Plague in India, 1896, 1897 - Volume 2
Year: 1896
Disease focus: Plague
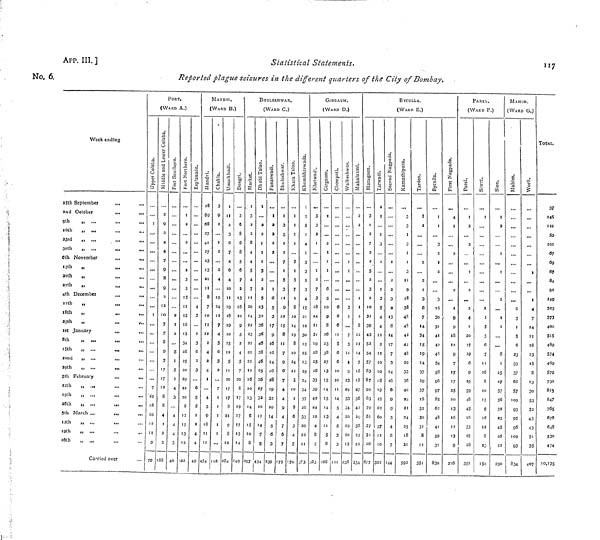
App. III.]
No. 6.
Statistical Statements.
117
Reported plague seizures in the different quarters of the City of Bombay.
Week ending
25th September
.„
,.,
2nd October
...
...
9th
„ ...
16th
„ ...
.„
...
23rd
„ ...
...
30th
„ ...
,.,
6th November
,,,
, n
13th
„
20th
„
...
...
27th
„
4th December
,,,
,,,
11th
"
18th
„
„.
...
25th
„
,„
,,„
1st January
,„
ii(
8th
„
15th
„ ...
,„
22nd
"
...
29th
„ ...
...
.,,
5th February
,.,
...
12th
„
19th
„ „,
20th
„ ...
5th March ...
...
12th
„ ...
19th
„ ...
20th
„ ...
Carried over
FORT,
(WARD A.)
...
1
...
...
...
...
...
...
1
...
..,
7
10
18
10
12
11
9
79
2
9
2
4
4
7
9
8
2
12
10
7
7
8
9
7
17
17
12
8
8
4
1
2
3
...
...
...
2
2
5
5
2
4
3
4
4
4
3
40
1
2
2
2
3
15
12
15
16
13
34
28
25
20
29
23
2O
8
12
15
13
12
322
...
...
...
...
...
...
4
3
1
3
6
2
3
6
5
5
1
2
4
4
49
M AN D VI.
(WARD B.)
28
89
68
27
41
27
23
13
21
8
7
10
11
21
2
4
2
4
1
4
3
9
18
11
11
474
3
9
2
1
2
2
4
19
24
11
7
4
5
6
3
2
7
1
1
11
2
3
6
7
4
4
10
19
18
19
10
12
20
17
8
21
8
3
8
8
8
6
7
2
13
16
10
9
3
2
4
7
20
19
17
17
14
249
BHULESHWAR.
(WARD C.)
I
3
2
2
8
4
4
5
4
7
20
14
22
23
22
21
21
16
10
13
6
10
8
297
1
2
2
1
3
2
5
23
32
36
38
46
26
32
7
434
1
2
2
...
...
6
5
3
17
9
16
16
14
16
28
19
32
14
5
6
3
239
3
5
2
2
7
5
3
9
22
8
7
9
6
7
4
4
9
4
7
6
7
5
7
8
10
14
19
8
10
24
12
5
10
8
6
3
4
5
170
5
4
3
3
2
3
4
21
10
30
25
13
19
34
37
26
33
20
22
GlRGAUM.
(WARD D.)
3
3
2
1
2
7
3
18
14
19
28
25
26
35
39
42
24
4
8
7
...
2
6
10
9
8
26
23
38
27
13
13
5
8
,.,
..,
...
...
...
6
6
6
5
6
6
4
5
3
3
...
...
...
3
7
3
4
9
23
33
34
20
29
20
2
2
...
...
...
1
2
8
12
14
7
18
47
36
42
33
25
21
334
BvnuLLA.
(WARD E.)
3
2
7
2
5
2
3
2
32
39
43
52
54
57
87
94
79
61
37
31
877
l
3
2
3
5
4
4
2
21
10
18
25
62
60
37
1 1
IO
322
...
...
2
2
3
2
13
14
17
7
3
6
9
9
3
4
6
7
144
3
3
3
3
9
18
38
48
42
44
48
29
33
40
24
21
24
25
18
21
1
...
...
3
6
7
14
34
14
37
29
37
18
32
30
31
8
3
2
2
3
16
31
41
42
34
96
97
85
62
48
41
59
31
830
4
...
9
9
12
9
7
17
17
25
20
13
12
13
9
216
PAREL.
(WARD F.)
2
2
4
20
19
9
19
39
48
45
26
35
25
351
...
...
3
6
7
16
13
9
12
23
2
2
...
Hi
8
25
27
37
36
32
45
21
MAHIM.
(WARD G.)
...
...
...
6
3
5
6
23
33
37
63
57
109
93
95
96
109
93
834
...
1
4
7
24
28
23
8
13
30
53
32
45
31
35
407
37
145
121
59
101
69
67
84
91
149
303
373
400
489
574
469
579
730
813
847
765
648
530
474